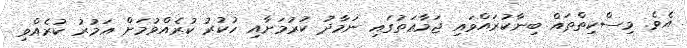
އެވެ. މިސްކިތްތައް ބިނާކުރައްވައި ޖަމާޢަތުގައި ނަމާދު ކުރުމަށާއި ހުކުރު ކުރެއްވުމަށް އަމުރު ކުރެއްވި